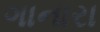
ગાનારા